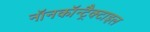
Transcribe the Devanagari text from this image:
नॉनकॉन्ट्रैक्टाइल